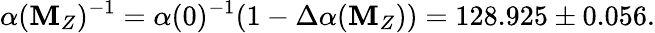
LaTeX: \alpha(\mathbf{M}_{Z})^{-1}=\alpha(0)^{-1}(1-\Delta\alpha(\mathbf{M}_{Z}))=128.925\pm0.056.